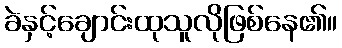
ခဲနှင့်ချောင်းထုသူလိုဖြစ်နေ၏။